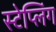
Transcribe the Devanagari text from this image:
स्टेप्लिंग